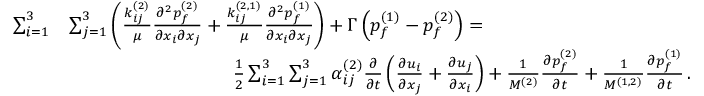
\begin{array} { r l } { \sum _ { i = 1 } ^ { 3 } } & { \sum _ { j = 1 } ^ { 3 } \left( \frac { k _ { i j } ^ { ( 2 ) } } { \mu } \frac { \partial ^ { 2 } { p _ { f } ^ { ( 2 ) } } } { \partial { x _ { i } } \partial { x _ { j } } } + \frac { k _ { i j } ^ { ( 2 , 1 ) } } { \mu } \frac { \partial ^ { 2 } { p _ { f } ^ { ( 1 ) } } } { \partial { x _ { i } } \partial { x _ { j } } } \right) + \Gamma \left( p _ { f } ^ { ( 1 ) } - p _ { f } ^ { ( 2 ) } \right) = \hphantom { X X X X X X X X X X X X X } } \\ & { \hphantom { X X X X X X X X X X X X X } \frac { 1 } { 2 } \sum _ { i = 1 } ^ { 3 } \sum _ { j = 1 } ^ { 3 } \alpha _ { i j } ^ { ( 2 ) } \frac { \partial } { \partial { t } } \left( \frac { \partial { u _ { i } } } { \partial { x _ { j } } } + \frac { \partial { u _ { j } } } { \partial { x _ { i } } } \right) + \frac { 1 } { M ^ { ( 2 ) } } \frac { \partial { p _ { f } ^ { ( 2 ) } } } { \partial { t } } + \frac { 1 } { M ^ { ( 1 , 2 ) } } \frac { \partial { p _ { f } ^ { ( 1 ) } } } { \partial { t } } \, . } \end{array}